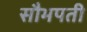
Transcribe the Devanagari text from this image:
सौभपती